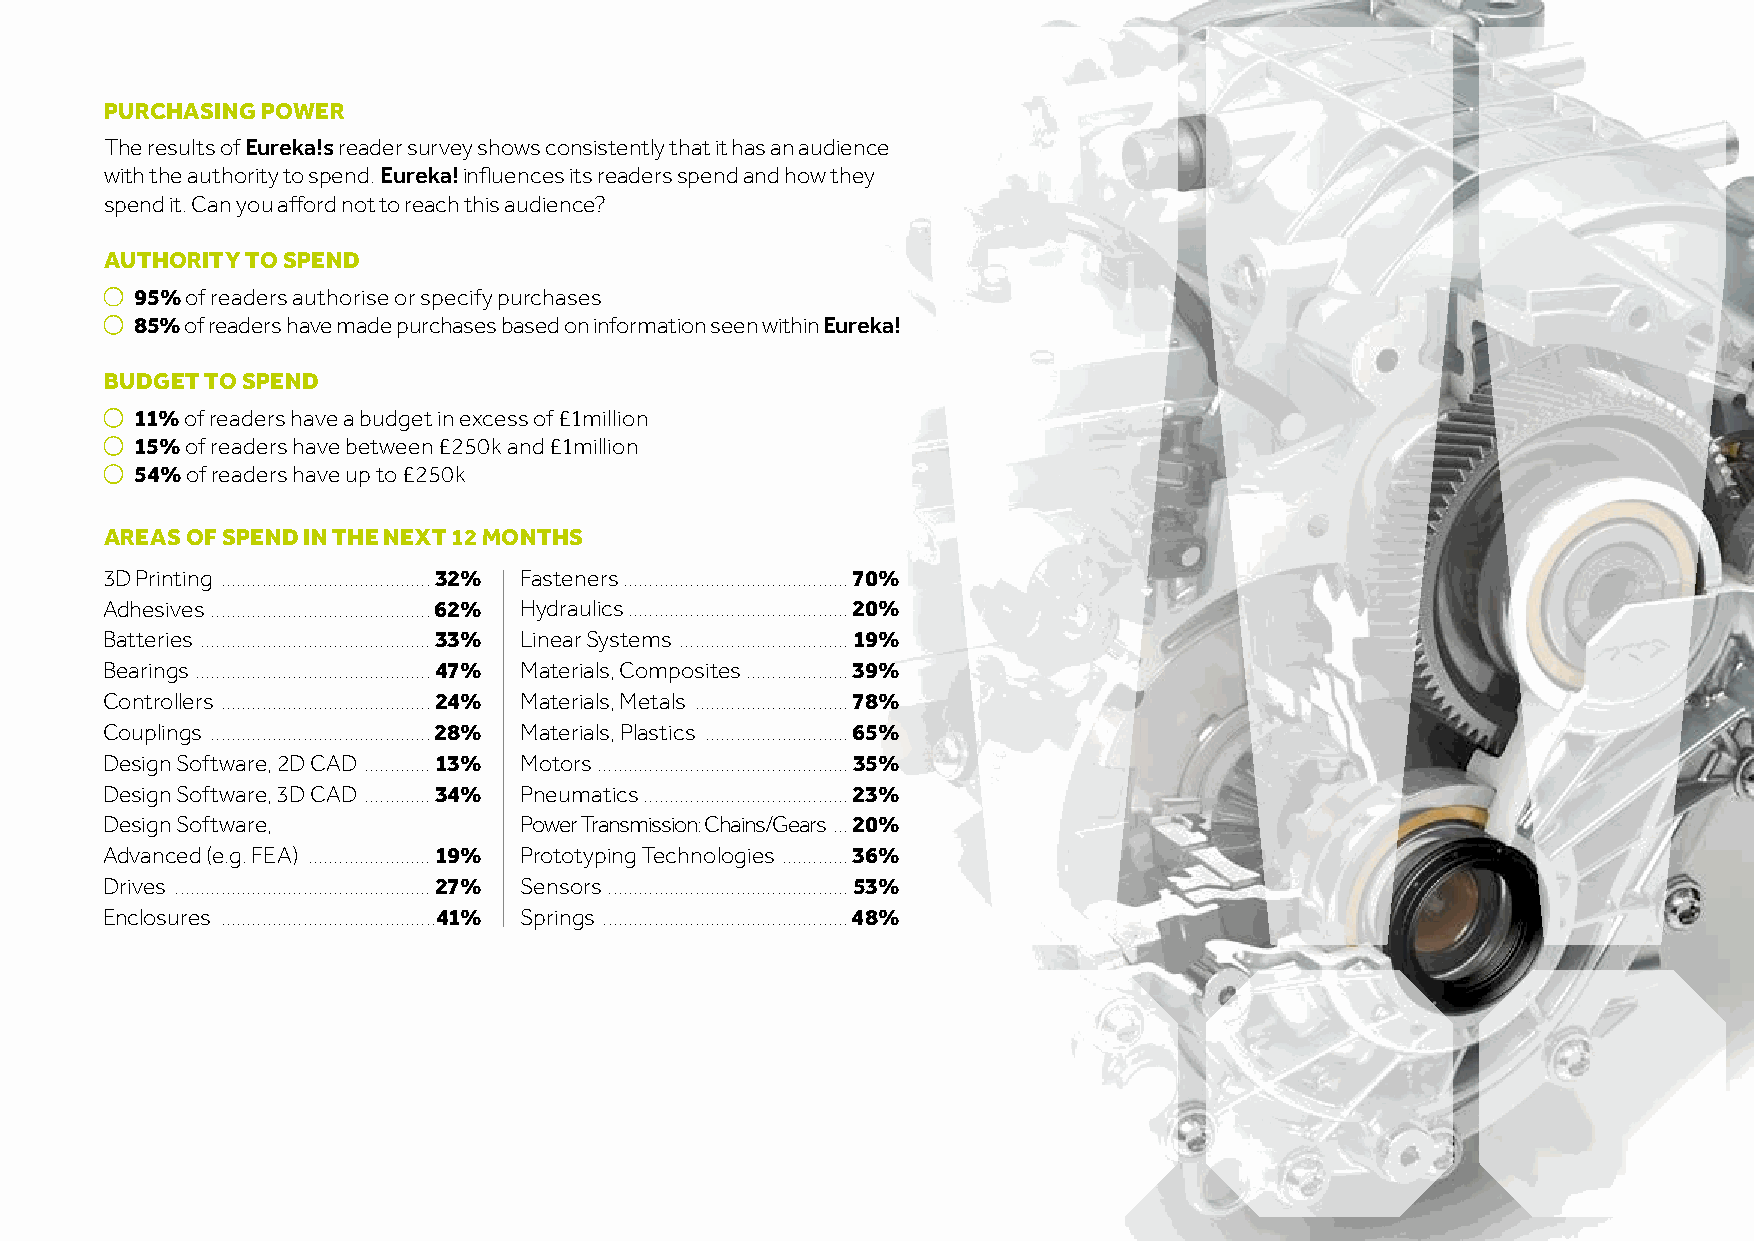
PURCHASING POWER
 The results of Eureka!s reader survey shows consistently that it has an audience
 with the authority to spend. Eureka! influences its readers spend and how they
 spend it. Can you afford not to reach this audience?
 AUTHORITY TO SPEND
 ●●
 95% of readers authorise or specify purchases
 ●●
 85% of readers have made purchases based on information seen within Eureka!
 BUDGET TO SPEND
 ●●
 11% of readers have a budget in excess of £1million
 ●●
 15% of readers have between £250k and £1million
 ●●
 54% of readers have up to £250k
 AREAS OF SPEND IN THE NEXT 12 MONTHS
 3D Printing .........................................32% Fasteners ............................................70%
 Adhesives ...........................................62% Hydraulics ...........................................20%
 Batteries .............................................33% Linear Systems .................................19%
 Bearings ..............................................47% Materials, Composites ....................39%
 Controllers .........................................24% Materials, Metals ..............................78%
 Couplings ...........................................28% Materials, Plastics ............................65%
 Design Software, 2D CAD .............13% Motors .................................................35%
 Design Software, 3D CAD .............34% Pneumatics ........................................23%
 Design Software,           Power Transmission: Chains/Gears ...20%
 Advanced (e.g. FEA) ........................19% Prototyping Technologies .............36%
 Drives ..................................................27% Sensors ...............................................53%
 Enclosures ..........................................41% Springs ................................................48%